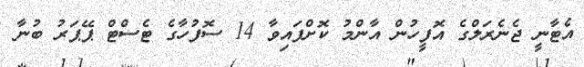
އެޓާނީ ޖެނެރަލްގެ އޮފީހުން އާންމު ކޮށްފައިވާ 14 ސޮފުހާގެ ޓެސްޓް ޕޭޕަރު ބުނާ